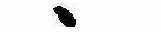
ゝ